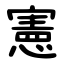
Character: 憲